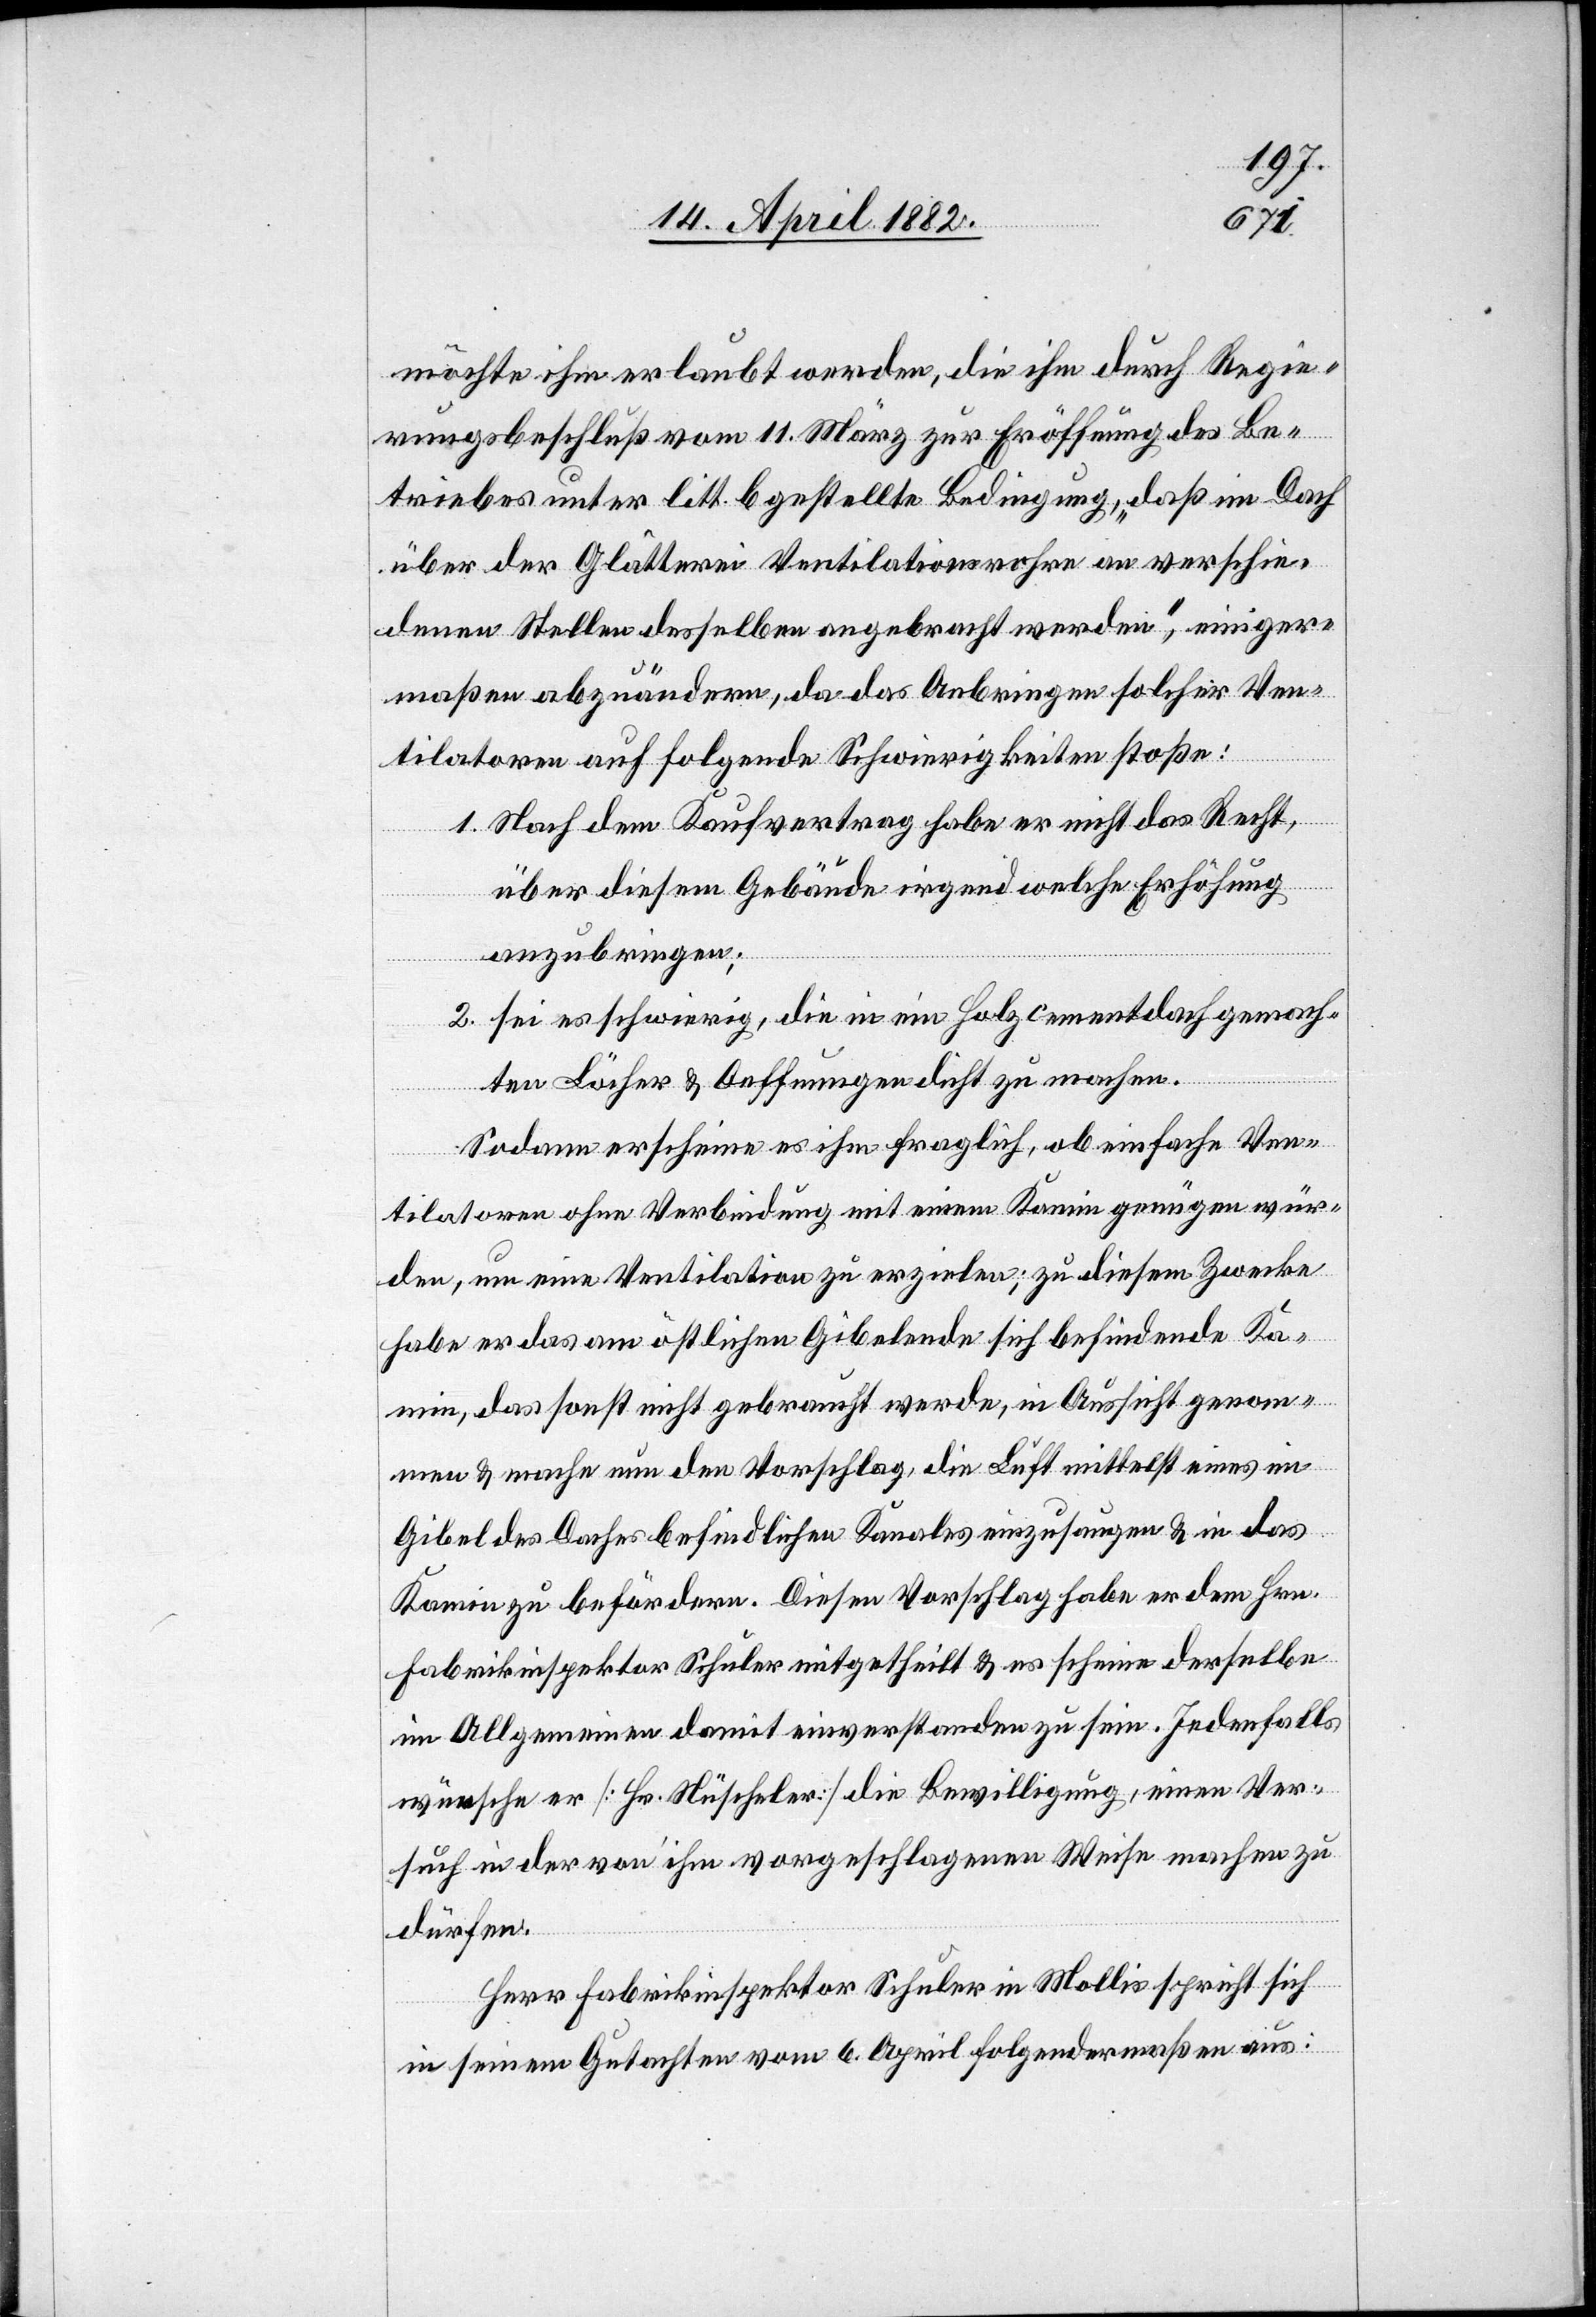
möchte ihm erlaubt werden, die ihm durch Regie¬
rungsbeschluß vom 11. März zur Eröffnung des Be¬
triebes unter litt. b gestellte Bedingung, „daß im Dach
über der Glätterei Ventilationsrohre an verschie¬
denen Stellen desselben angebracht werden“, einiger¬
maßen abzuändern, da das Anbringen solcher Ven¬
tilatoren auf folgende Schwierigkeiten stoße:
1.
Nach dem Kaufvertrag habe er nicht das Recht,
über diesem Gebäude irgend welche Erhöhung
2.
anzubringen;
sei es schwierig, die in ein Holzcementdach gemach¬
ten Löcher & Oeffnungen dicht zu machen.
Sodann erscheine es ihm fraglich, ob einfache Ven¬
tilatoren ohne Verbindung mit einem Kamin genügen wür¬
den, um eine Ventilation zu erzielen; zu diesem Zwecke
habe er das am östlichen Gibelende sich befindende Ka¬
min, das sonst nicht gebraucht werde, in Aussicht genom¬
men & mache nun den Vorschlag, die Luft mittelst eines im
Gibel des Daches befindlichen Kanales einzusaugen & in das
Kamin zu befördern. Diesen Vorschlag habe er dem Hrn.
Fabrikinspektor Schuler mitgetheilt & es scheine derselbe
im Allgemeinen damit einverstanden zu sein. Jedenfalls
wünsche er [Hr. Nüscheler] die Bewilligung, einen Ver¬
such in der von ihm vorgeschlagenen Weise machen zu
dürfen.
Herr Fabrikinspektor Schuler in Mollis spricht sich
in seinem Gutachten vom 6. April folgendermaßen aus: